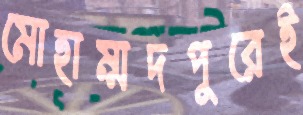
মোহাম্মদপুরেই